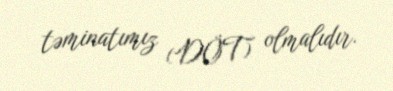
təminatımız (DÖT) olmalıdır.